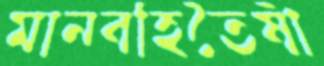
মানবহিতৈষী